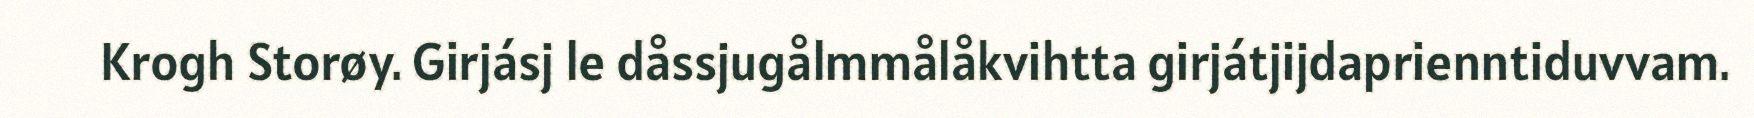
Krogh Storøy. Girjásj le dåssjugålmmålåkvihtta girjátjijdaprienntiduvvam.